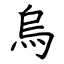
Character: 烏